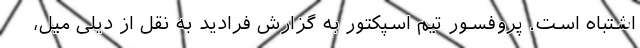
اشتباه است. پروفسور تیم اسپکتور به گزارش فرادید به نقل از دیلی میل،